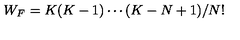
W _ { F } = K ( K - 1 ) \cdots ( K - N + 1 ) / N ! \nonumber